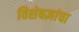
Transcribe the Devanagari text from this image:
विशेषज्ञांचा